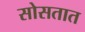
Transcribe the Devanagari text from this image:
सोसतात